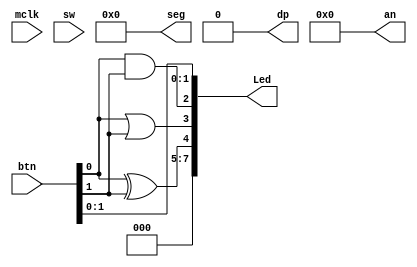
module basys2
(
    input        mclk,
    input  [7:0] sw,
    input  [3:0] btn,
    output [7:0] Led,
    output [6:0] seg,
    output       dp,
    output [3:0] an
);

    assign Led [0] = btn [0];
    assign Led [1] = btn [1];
    assign Led [2] = btn [0] & btn [1];
    assign Led [3] = btn [0] | btn [1];
    assign Led [4] = btn [0] ^ btn [1];
    assign Led [5] = 0;
    assign Led [6] = 0;
    assign Led [7] = 0;

    assign seg = 0;
    assign dp  = 0;
    assign an  = 0;

endmodule